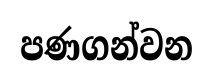
පණගන්වන